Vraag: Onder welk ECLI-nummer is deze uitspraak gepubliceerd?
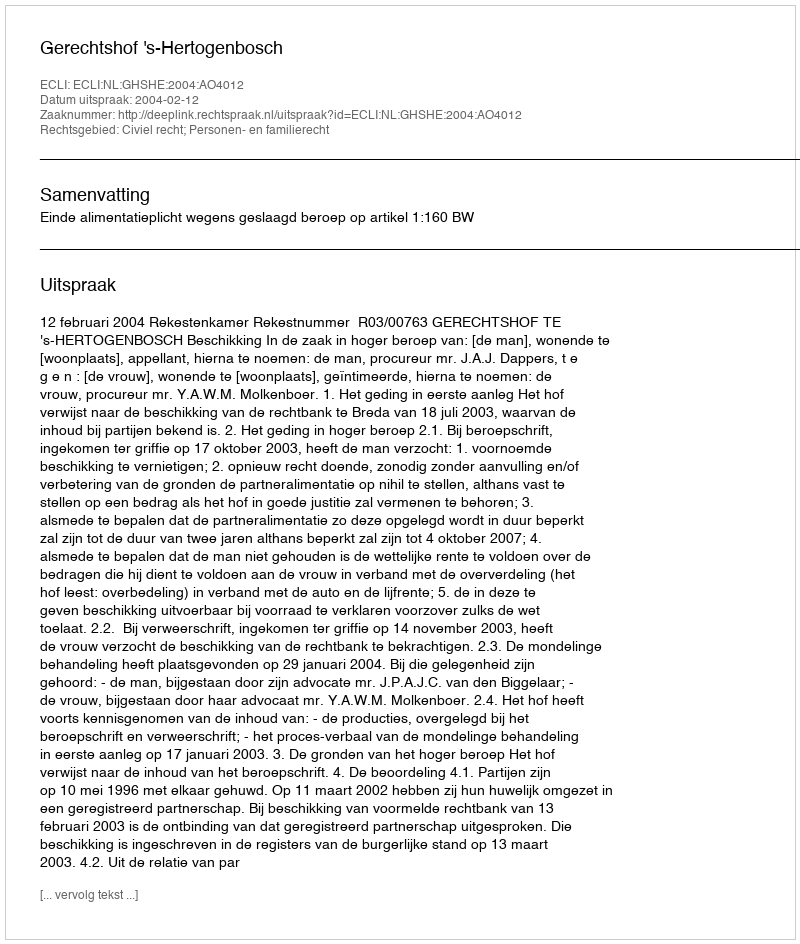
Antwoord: ECLI:NL:GHSHE:2004:AO4012